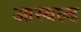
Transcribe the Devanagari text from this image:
आस्वल्ड